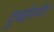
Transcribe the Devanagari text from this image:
दुबईपर्यंत